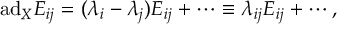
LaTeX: \mathrm { a d } _ { X } E _ { i j } = ( \lambda _ { i } - \lambda _ { j } ) E _ { i j } + \cdots \equiv \lambda _ { i j } E _ { i j } + \cdots ,